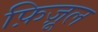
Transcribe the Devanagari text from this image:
फ़िज़ूल